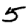
Digit: 5